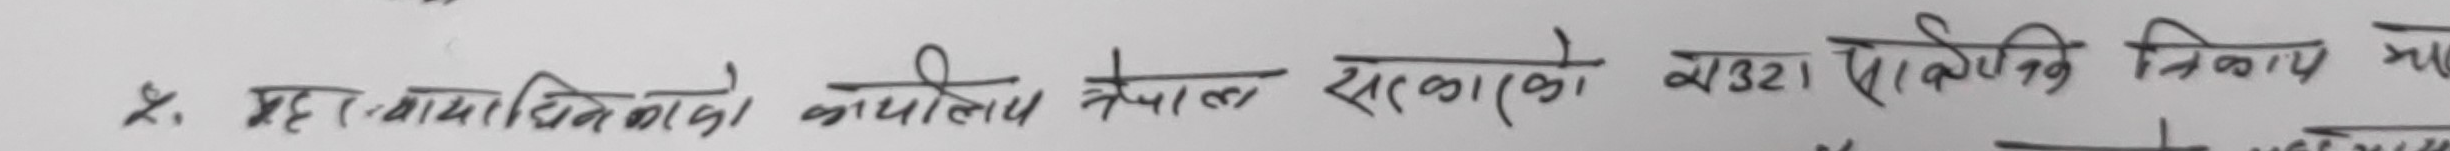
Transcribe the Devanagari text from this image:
१. महालेखापरीक्षकको कार्यालय नेपाल सरकारको राज्य परीक्षण निकाय हो।